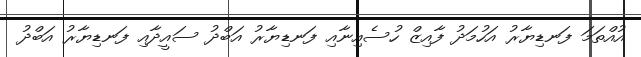
އުއްތަމަ ފަނޑިޔާރު އަހުމަދު ފާއިޒް ހުސެއިނާއި ފަނޑިޔާރު އަބްދު ސައީދާއި ފަނޑިޔާރު އަބްދު